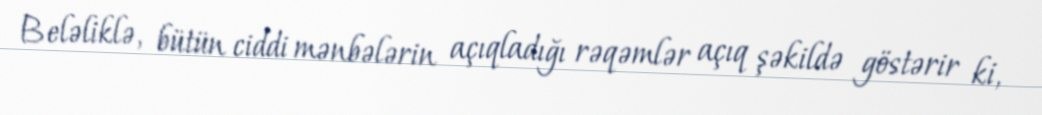
Beləliklə, bütün ciddi mənbələrin açıqladığı rəqəmlər açıq şəkildə göstərir ki,